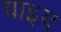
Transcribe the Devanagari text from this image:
वाइद